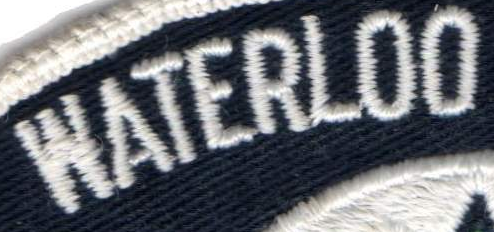
WATERLOO